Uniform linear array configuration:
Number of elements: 16
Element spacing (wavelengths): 0.5
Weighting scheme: blackman
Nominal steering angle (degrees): -30
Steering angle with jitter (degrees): -28.231
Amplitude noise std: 0.05
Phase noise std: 0.05

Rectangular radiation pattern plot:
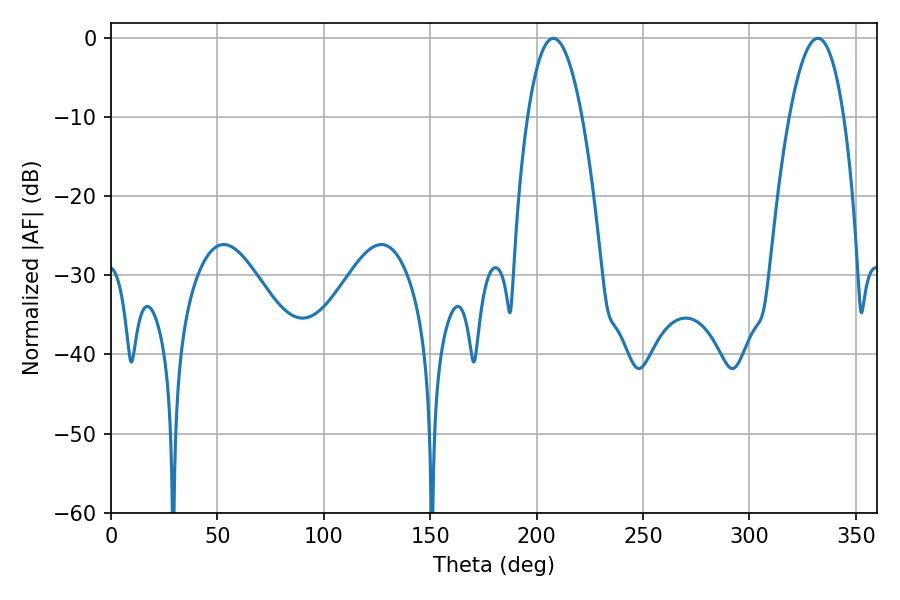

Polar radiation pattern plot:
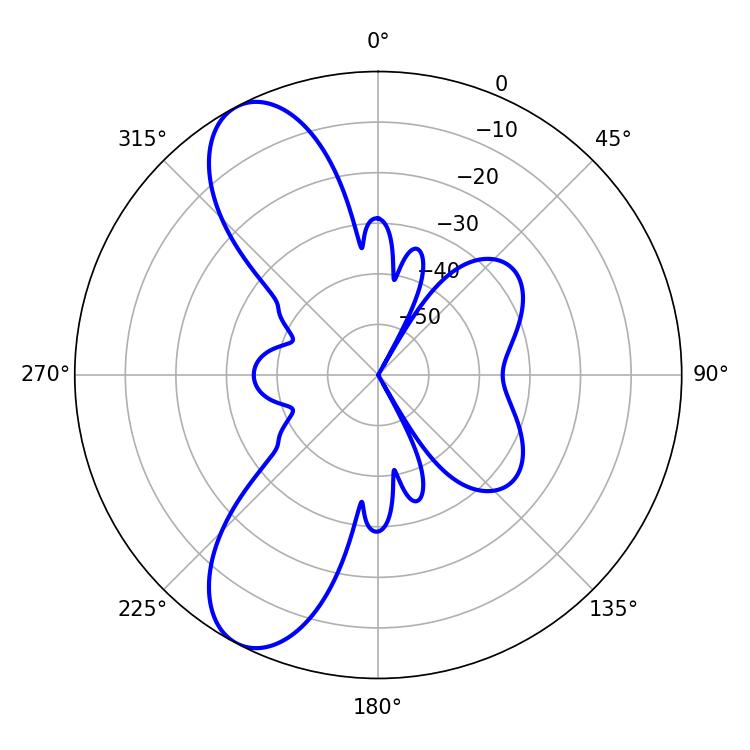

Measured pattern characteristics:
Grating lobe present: FALSE
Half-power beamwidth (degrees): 14.04
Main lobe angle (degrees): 207.9